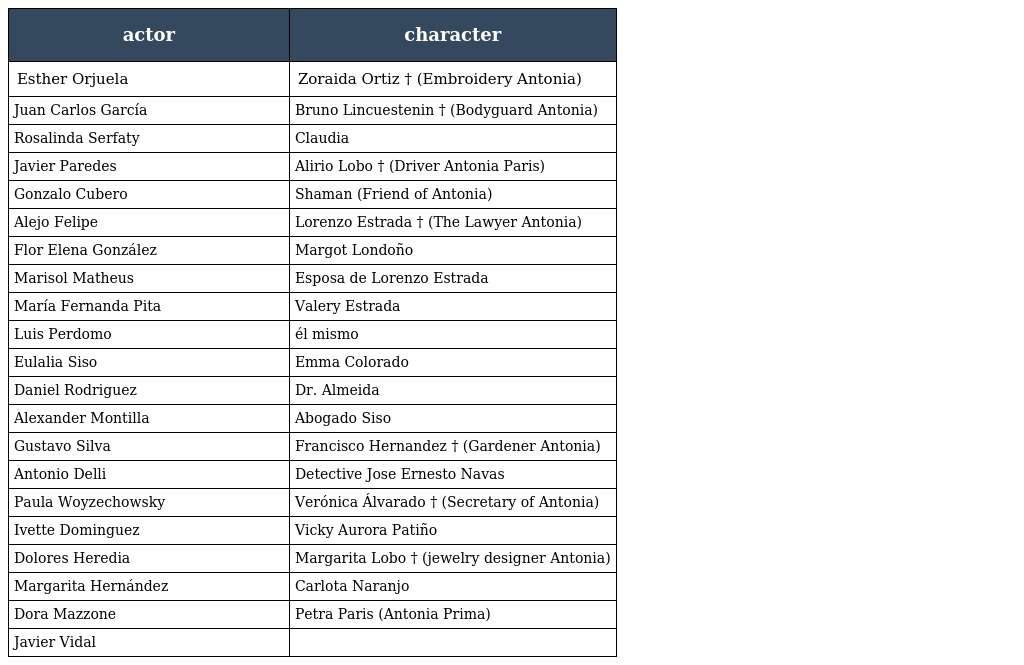
| actor | character |
 | --- | --- |
 | Esther Orjuela | Zoraida Ortiz † (Embroidery Antonia) |
 | Juan Carlos García | Bruno Lincuestenin † (Bodyguard Antonia) |
 | Rosalinda Serfaty | Claudia |
 | Javier Paredes | Alirio Lobo † (Driver Antonia Paris) |
 | Gonzalo Cubero | Shaman (Friend of Antonia) |
 | Alejo Felipe | Lorenzo Estrada † (The Lawyer Antonia) |
 | Flor Elena González | Margot Londoño |
 | Marisol Matheus | Esposa de Lorenzo Estrada |
 | María Fernanda Pita | Valery Estrada |
 | Luis Perdomo | él mismo |
 | Eulalia Siso | Emma Colorado |
 | Daniel Rodriguez | Dr. Almeida |
 | Alexander Montilla | Abogado Siso |
 | Gustavo Silva | Francisco Hernandez † (Gardener Antonia) |
 | Antonio Delli | Detective Jose Ernesto Navas |
 | Paula Woyzechowsky | Verónica Álvarado † (Secretary of Antonia) |
 | Ivette Dominguez | Vicky Aurora Patiño |
 | Dolores Heredia | Margarita Lobo † (jewelry designer Antonia) |
 | Margarita Hernández | Carlota Naranjo |
 | Dora Mazzone | Petra Paris (Antonia Prima) |
 | Javier Vidal |  |